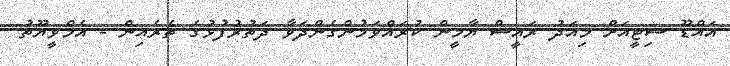
އައްޑޫ ސިޓީއަށް މިއަދު ރައީސް ޔާމީން ކުރައްވަމުންގެންދަވާ ދަތުރުފުޅުގެ ތެރެއިން - އެމްވީޔޫތު